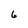
Character: 6